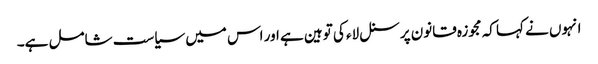
انہوں نے کہا کہ مجوزہ قانون پرسنل لاء کی توہین ہے اور اس میں سیاست شامل ہے۔